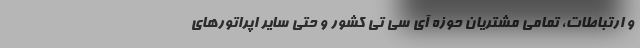
و ارتباطات، تمامی مشتریان حوزه آی سی تی کشور و حتی سایر اپراتورهای